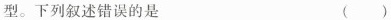
型。下列叙述错误的是( )